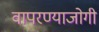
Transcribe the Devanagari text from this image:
वापरण्याजोगी